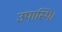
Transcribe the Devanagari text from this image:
उपास्थि।